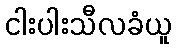
ငါးပါးသီလခံယူ